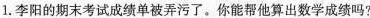
1.李阳的期末考试成绩单被弄污了。你能帮他算出数学成绩吗?